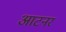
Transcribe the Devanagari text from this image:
आटनर